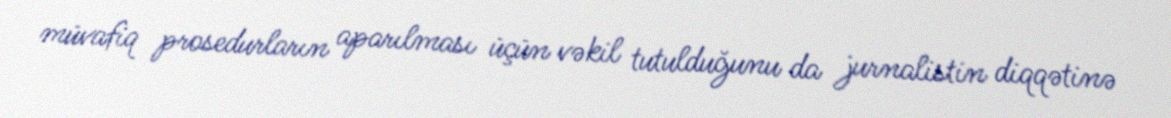
müvafiq prosedurların aparılması üçün vəkil tutulduğunu da jurnalistin diqqətinə